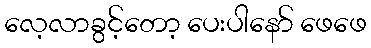
လေ့လာခွင့်တော့ ပေးပါနော် ဖေဖေ